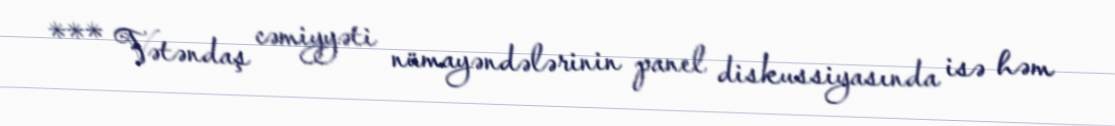
*** Vətəndaş cəmiyyəti nümayəndələrinin panel diskussiyasında isə həm